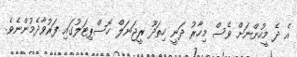
އެ ދެ މީހުންނަށް ވެސް މިހާރު ދަނީ ހިތަދޫ ރީޖަނަލް ހޮސްޕިޓަލުގައި ފަރުވާދެމުންނެވެ.